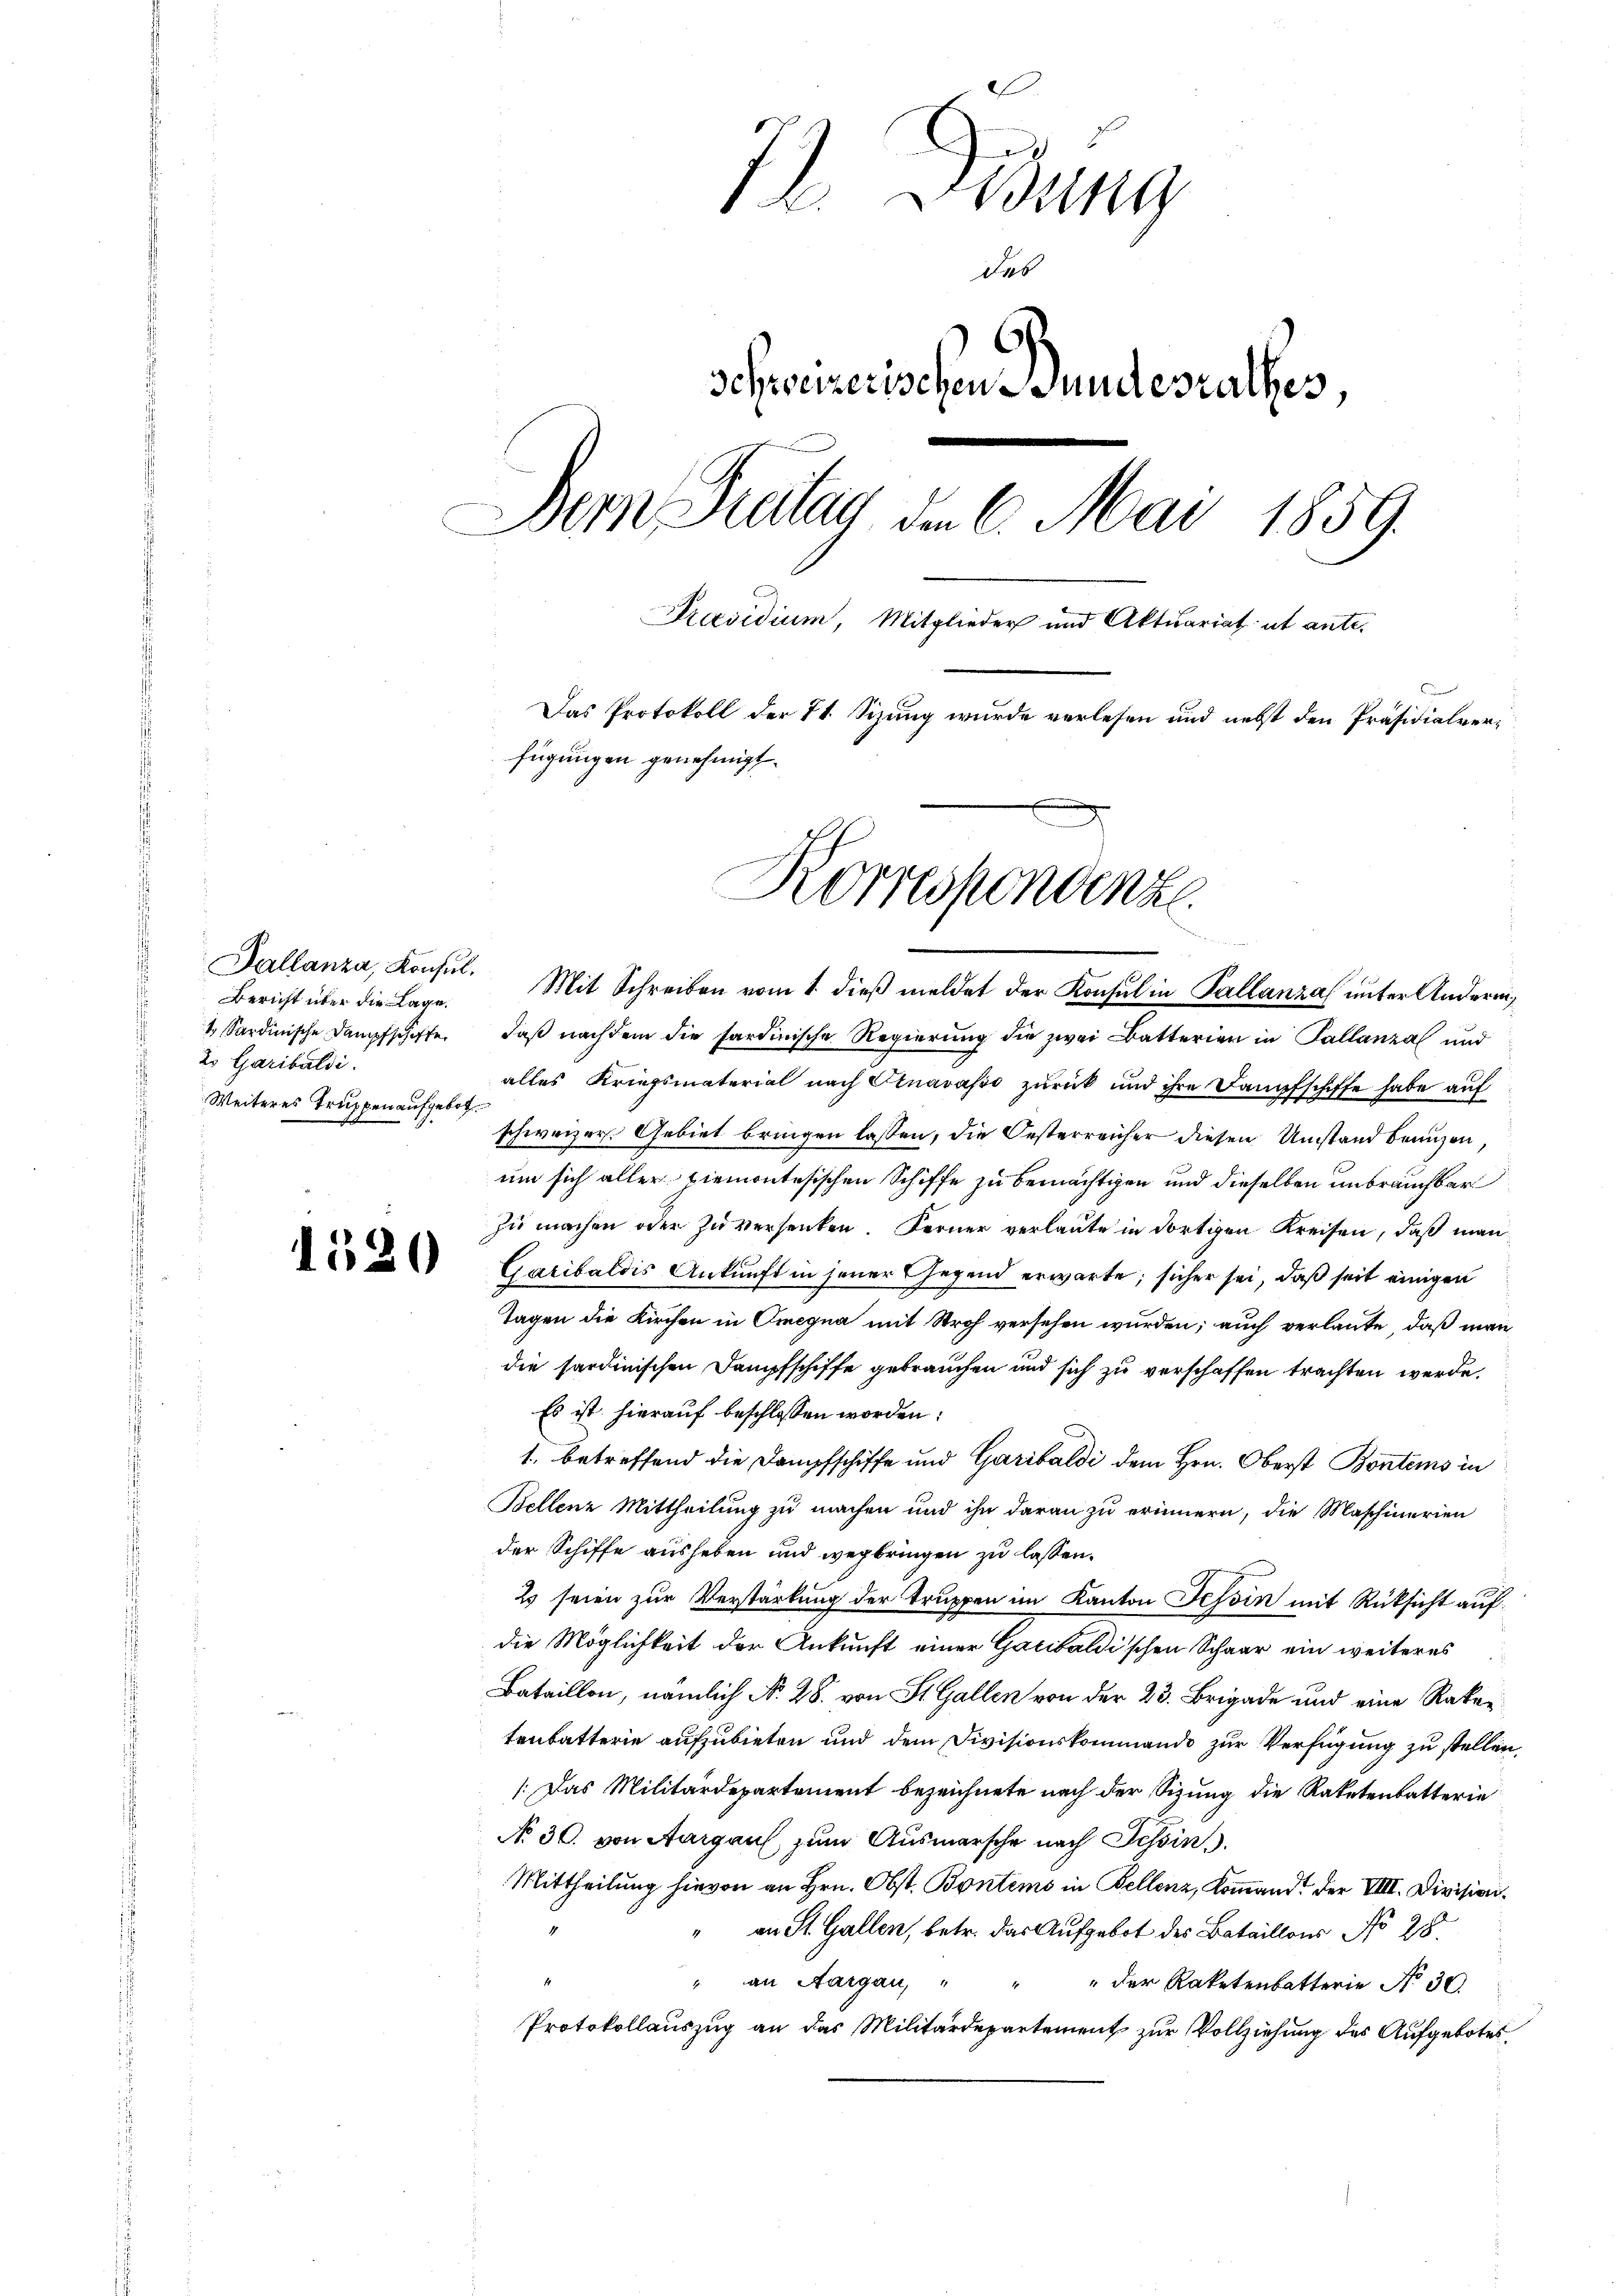
Pallanza, Konsul
Bericht über die Lage.
 Sardinische Dampfschiffe
2 Garibaldi
Weiteres Truppen aufgebot.

1520

I Didung
Schweizerischen Bundesrathes,
Dem Pritag, den 6. Mai 1859.
Präsidium, Mitglieder und Aktuariat ut ante-
Das Protokoll der 71. Sizung wurde verlesen und nebst den Präsidialverfügungen genehmigt.
Korrespondenz

des

Mit Schreiben vom 1. dieß meldet der Konsul in Pallanza unter Anderendaß nachdem die sardinische Regierung die zwei Batterien in Pallanza und
alles Kriegsmaterial nach Otnavasso zurück und ihre Dampfschiffe habe auf
schweizer. Gebiet bringen lassen, die Oesterreicher diesen Umstand beaugen,
um sich aller ziemontesischen Schiffe zu bemächtigen und dieselben unbrauchbar
zu machen oder zu versenken. Ferner verlaute in dortigen Kreisen, daß man
Garibaldis Ankunft in jener Gegend erwarte, sicher sei, daß seit einigen
Tagen die Kirchen in Omegna mit Stroh versehen wurden; auch verlaute, daß man
die sardinischen Dampfschiffe gebrauchen und sich zu verschaffen trachten werde,
Es ist hierauf beschlossen worden:
1. betreffend die Dampfschiffe und Garibaldi dem Hrn. Oberst Bontems in
Bellenz Mittheilung zu machen und ihn daran zu erinnern, die Maschinerien
der Schiffe ausheben und wegbringen zu lassen.
2 seien zur Verstärkung der Truppen im Kanton Tessin mit Rücksicht auf
die Möglichkeit der Ankunft einer Gacibaldischen Schaar ein weiteres
Bataillon, nämlich No. 28. von St. Gallen von der 23. Brigade und eine Raker
tenbatterie aufzubieten und dem Divisionskommando zur Verfügung zu stellen,
: Das Militärdepartement bezeichnete nach der Sizung die Ratetenbatterie
No 30. von Aargaus zum Ausmarsche nach Tessin,
Mittheilung hievon an Hrn. Obst. Bontems in Bellenz, Kommand der VIII. Division.
" an St. Gallen, betr. das Aufgebot des Bataillons No 28.
" an Aargau, " " " der Raketenbatterie No 30.
Protokollauszug an das Militärdepartement zur Vollziehung des Aufgebotes